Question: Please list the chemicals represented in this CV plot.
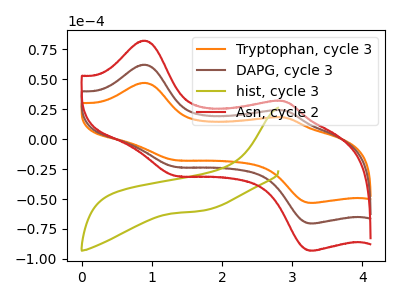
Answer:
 <answer>The orange curve is labeled "Tryptophan, cycle 3". The brown curve is labeled "DAPG, cycle 3". The olive curve is labeled "hist, cycle 3". The red curve is labeled "Asn, cycle 2".</answer>
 <eval></eval>